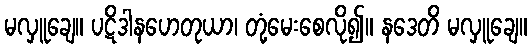
မလှူချေ။ ပဋိဒါနဟေတုယာ၊ တုံ့မေးစေလို၍။ နဒေတိ မလှူချေ။